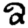
Digit: 2